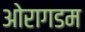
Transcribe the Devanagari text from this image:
ओरागडम